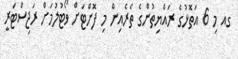
ގއ މި 6 އަތޮޅުގެ ރައްޔިތުންގެ ތެރެއިން މި ފޮށްޓަށް ވޯޓުލުމަށް ރަޖިސްޓަރީ